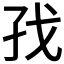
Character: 𪦷